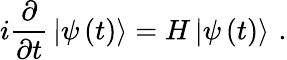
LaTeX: i\frac{\partial}{\partial t}\mathinner{|{\psi\left(t\right)}\rangle}=H\mathinner{|{\psi\left(t\right)}\rangle}\, .